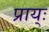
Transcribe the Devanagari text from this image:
प्राय्ः